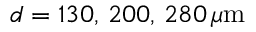
d = 1 3 0 , \, 2 0 0 , \, 2 8 0 \, \mu \mathrm { m }